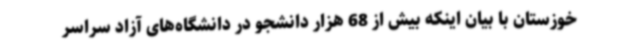
خوزستان با بیان اینکه بیش از 68 هزار دانشجو در دانشگاه‌های آزاد سراسر